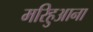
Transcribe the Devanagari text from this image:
मरिहुआना